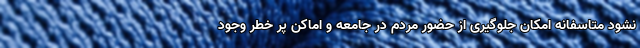
نشود متاسفانه امکان جلوگیری از حضور مردم در جامعه و اماکن پر خطر وجود